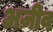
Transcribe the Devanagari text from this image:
अज़ीव